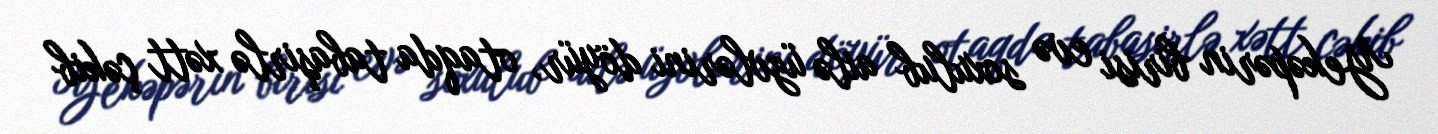
Yekəpərin birisi evə soxulub ailə üzvlərini döyür, otaqda tabaşirlə xətt çəkib